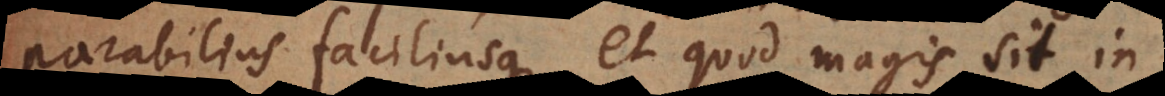
faciliusque, et quod magis sit in